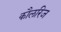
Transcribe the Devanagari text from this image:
कौलरिज